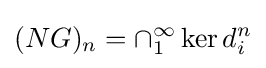
(NG)_{n}=\cap _{1}^{\infty }\operatorname {ker} d_{i}^{n}